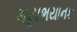
મહાભયાનક